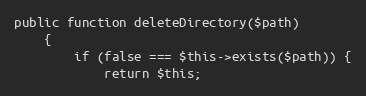
Language: PHP
public function deleteDirectory($path)
    {
        if (false === $this->exists($path)) {
            return $this;